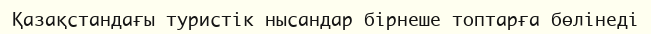
Қазақстандағы туристік нысандар бірнеше топтарға бөлінеді